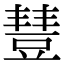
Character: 𧯮